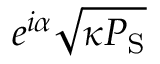
e ^ { i \alpha } \sqrt { \kappa P _ { \mathrm { S } } }